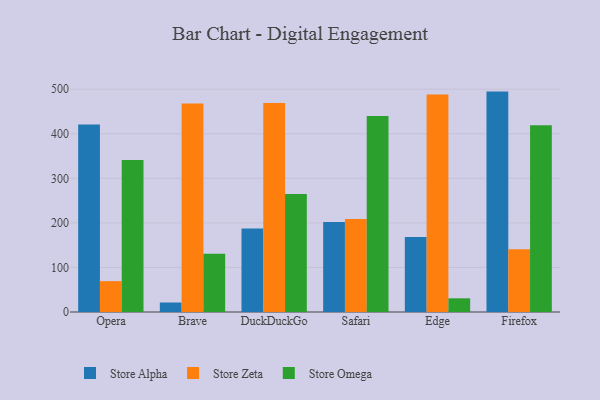
{"axis": {"x": "Browser", "y": "Page Views"}, "legend": ["Store Alpha", "Store Omega", "Store Zeta"], "data": [{"x": "Opera", "y": 420.9, "type": "Store Alpha"}, {"x": "Opera", "y": 69.2, "type": "Store Zeta"}, {"x": "Opera", "y": 341.1, "type": "Store Omega"}, {"x": "Brave", "y": 21.3, "type": "Store Alpha"}, {"x": "Brave", "y": 468.0, "type": "Store Zeta"}, {"x": "Brave", "y": 130.9, "type": "Store Omega"}, {"x": "DuckDuckGo", "y": 187.3, "type": "Store Alpha"}, {"x": "DuckDuckGo", "y": 469.0, "type": "Store Zeta"}, {"x": "DuckDuckGo", "y": 264.7, "type": "Store Omega"}, {"x": "Safari", "y": 201.8, "type": "Store Alpha"}, {"x": "Safari", "y": 208.6, "type": "Store Zeta"}, {"x": "Safari", "y": 440.0, "type": "Store Omega"}, {"x": "Edge", "y": 168.2, "type": "Store Alpha"}, {"x": "Edge", "y": 488.2, "type": "Store Zeta"}, {"x": "Edge", "y": 30.7, "type": "Store Omega"}, {"x": "Firefox", "y": 494.6, "type": "Store Alpha"}, {"x": "Firefox", "y": 140.8, "type": "Store Zeta"}, {"x": "Firefox", "y": 419.0, "type": "Store Omega"}]}